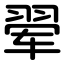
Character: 翚